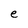
Character: e